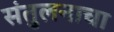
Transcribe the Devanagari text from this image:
संतुलनाचा